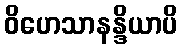
ဝိဟေသာနန္ဒိယာပိ